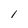
Character: l